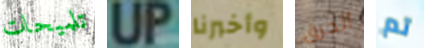
تلميحات UP وأخبرنا الحرق تم